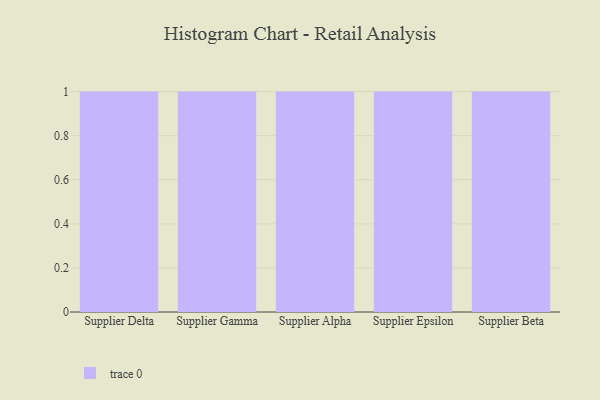
{"axis": {"x": "Supplier", "y": "Temperature (°C)"}, "legend": [""], "data": [{"x": "Supplier Delta", "y": 97, "type": ""}, {"x": "Supplier Gamma", "y": 21, "type": ""}, {"x": "Supplier Alpha", "y": 23, "type": ""}, {"x": "Supplier Epsilon", "y": 95, "type": ""}, {"x": "Supplier Beta", "y": 8, "type": ""}]}